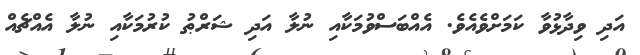
އަދި ވިދާޅުވާ ކަމަށްވެއެވެ. އެއްބަސްވުމަކާއި ނުލާ އަދި ޝަރްޠު ކުރުމަކާއި ނުލާ އެއްޗެއް